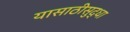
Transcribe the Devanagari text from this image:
यासाठीसुद्धा